Lunatic asylums Madras 1892-1911 - 1892-1911
Year: 1892
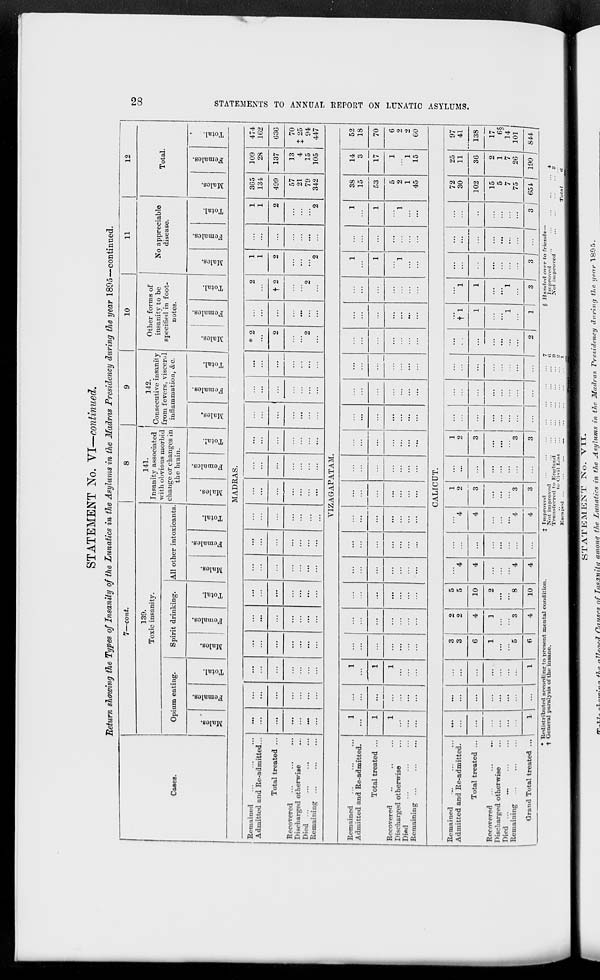
STATEMENT No. YI—continued.
"Return showing the Types of Insanity of the Lunatics in the Asylums in the Madras Presidency during the year 180o—continued.
7—cont.
8
9
10
11
12
1.39.
Toxic insanity.
141.
Insanity associated
with obvious morbid
change or changes in
the brain.
1
|
142.
Consecutive insanity
from fevers, visceral
Other forms of
insanity to be
specified in foot-
No appreciable
disease.
Total.
1
Cases.
Opium eating.
Spirit drinking.
All other intoxicants.
inflammation, &c.
notes.
1
CO
DO
DO
OB
u
si
00
•
0
09
O
©
0
0
0}
CO
3
.
CO
c3
,_;
CO
*3
GO
a
to
c3
CO
d
CO
-3
,_;
CO
d
0
3
s
0
fa
0
EH
"3
£
O
fa
CS
O
EH
78
£5
S
a
fa
c3
O
H
3
a
0
fa
Tota
09
C3
a
<X>
fa
Tota
Male
s
09
fa
Tota
0
3
S
fa
O
EH
3
a
fa
cS
0
EH
MADRAS.
Remained
Admitted and Re-admitted...
Total treated ...
Recovered
Discharged otherwise
Died
Remaining ...
...
...
...
...
...
• ••
...
...
:::
...
* 2
2
1
1
2
1
1
365
134
109
28
474
162
...
...
...
...
...
...
...
2
...
t 2
2
499
137
636
...
...
...
...
...
...
...
...
...
...
...
...
"2
...
2
2
...
"2
57
21
79
342
13
4
15
105
70
125
94
447
VIZAGAPATAM
Remained
Admitted and Re-admitted.
Total treated ...
Recovered
Discharged otherwise
Dind
...
Remaining ...
1
...
1
1
...
...
...
:::
...
...
...
...
...
1
1
38
15
14
3
52
18
1
_
...
...
...
...
...
...
...
...
1
...
1
53
17
70
6
2
2
60
1
1
...
...
...
...
...
...
\
...
...
...
1
1
5
2
1
45
1
1
15
CALICUT.
Remained
Admitted and Re-admitted.
Total treated ...
Recovered
Discharged otherwise
Died ...
Remaining
Grand Total treated ...
t
...
...
...
3
3
2
2
5
5
4
4
1
2
3
3
1
2
...
...
...
t'l
1
...
—
...
72
30
25
11
97
41
138
...
...
...
6
4
10
4
...
4
3
...
...
...
1
1
••
102
36
...
...
1
5
]
3
2
8
4
...
"4
3
...
...
1
1
...
...
15
5
7
75
2
1
7
26
17
6§
14 1
101 1
x| ...
1
6
4
10
4
4
3
3
...
2
l|
3 I 3 ! ... 1 .j 65i I 190 J 844 J
00
>-3
>
H
O
>
H
o
H
O
i—1
Q
r/>
r»
a
* H^distributod according to present mental condition,
t General paralysis of the insane.
J Improved
Not improved
Transferred to Kntrlrmd
,.
to Civil List
Ksc:i IH-I1 ...
...
...
§ Handed over to friends-
Improved
Xot iini>ravcii
/7"U 7,7„ >7>n.#1i.l/T //J.
illenpil CflUHfH
STATEMENT No. VII.
ofTnsanita among the Lunatics in the Asylums in the Madras Presidency during tie year 1805.